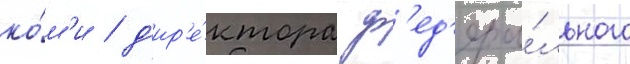
ко́м'и / д'ир'е́ктора ф'ед'ера́льного